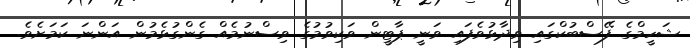
ޝަހީމްގެ ފޭސްބުކްގައި ވިދާޅުވެފައި ވަނީ ޕާޓީން ވަކިވުމުގެ ވިސްނުމެއް ގެންގުޅެމުން އަންނަ ކަމަށެވެ.